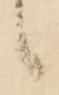
候